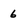
Character: 6